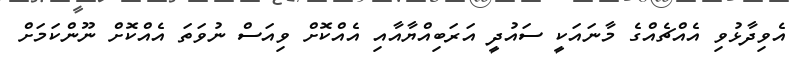
އެވިދާޅުވި އެއްޗެއްގެ މާނައަކީ ސައުދީ އަރަބިއްޔާއާއި އެއްކޮށް ވިއަސް ނުވަތަ އެއްކޮށް ނޫންކަމަށް